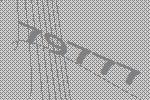
79777